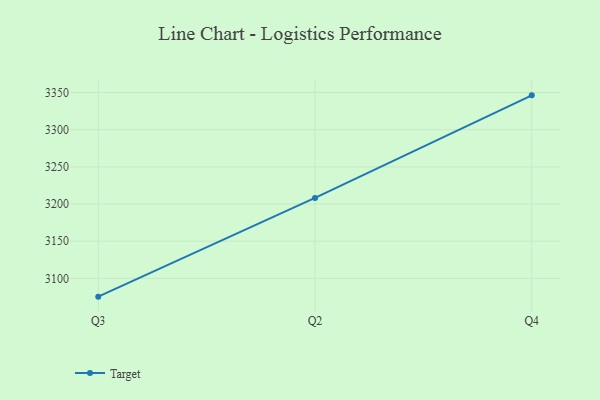
{"axis": {"x": "Quarter", "y": "Bounce Rate (%)"}, "legend": ["Target"], "data": [{"x": "Q3", "y": 3075.4, "type": "Target"}, {"x": "Q2", "y": 3208.2, "type": "Target"}, {"x": "Q4", "y": 3346.2, "type": "Target"}]}